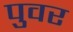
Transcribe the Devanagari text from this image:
पुवर